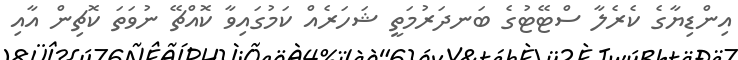
އިންޑިޔާގެ ކެރެލާ ސްޓޭޓުގެ ބަނދަރުމަތީ ޝަހަރެއް ކަމުގައިވާ ކޮއްޗޭ ނުވަތަ ކޮޗިން އާއި